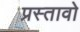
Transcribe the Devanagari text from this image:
प्रस्तावो